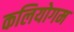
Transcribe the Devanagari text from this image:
कलियोगम